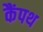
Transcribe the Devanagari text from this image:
कैंपथ